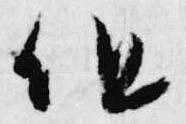
但